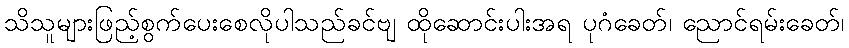
သိသူများဖြည့်စွက်ပေးစေလိုပါသည်ခင်ဗျ ထိုဆောင်းပါးအရ ပုဂံခေတ်၊ ညောင်ရမ်းခေတ်၊